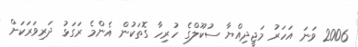
2006 ވަނަ އަހަރު މަޖީދިއްޔާ ސުކޫލްގެ ހުރިހާ ގޮތަކުން އެންމެ ރަގަޅު ދަރިވަރަކަށް